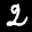
Label: 2